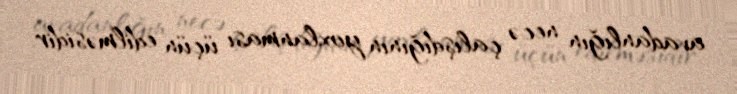
avadanlığın necə çalışdığının yoxlanması üçün edilməsidir.